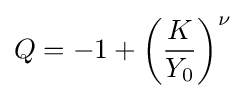
Q=-1+\left({\frac {K}{Y_{0}}}\right)^{\nu }